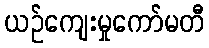
ယဉ်ကျေးမှုကော်မတီ